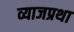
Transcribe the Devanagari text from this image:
व्याजप्रथा